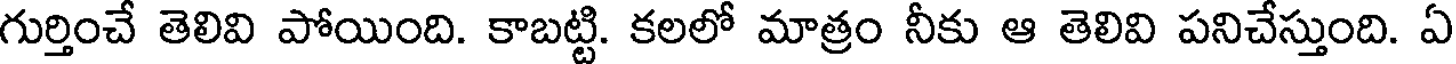
గుర్తించే తెలివి పోయింది. కాబట్టి. కలలో మాత్రం నీకు ఆ తెలివి పనిచేస్తుంది. ఏ